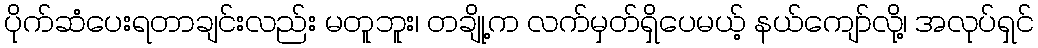
ပိုက်ဆံပေးရတာချင်းလည်း မတူဘူး၊ တချို့က လက်မှတ်ရှိပေမယ့် နယ်ကျော်လို့၊ အလုပ်ရှင်